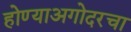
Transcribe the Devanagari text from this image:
होण्याअगोदरचा